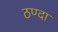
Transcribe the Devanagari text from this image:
ठण्दा